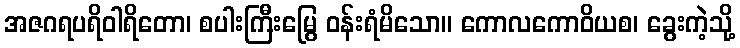
အဇဂရပရိဝါရိတော၊ စပါးကြီးမြွေ ဝန်းရံမိသော။ ကောလကောဝိယစ၊ ခွေးကဲ့သို့